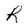
Character: R